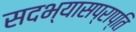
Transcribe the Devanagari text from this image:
सदभ्यासप्राप्ति